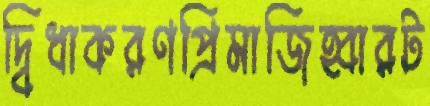
দ্বিধাকরণপ্রিমাজিহ্বারট